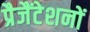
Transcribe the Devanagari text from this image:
प्रैजैंटेशनों